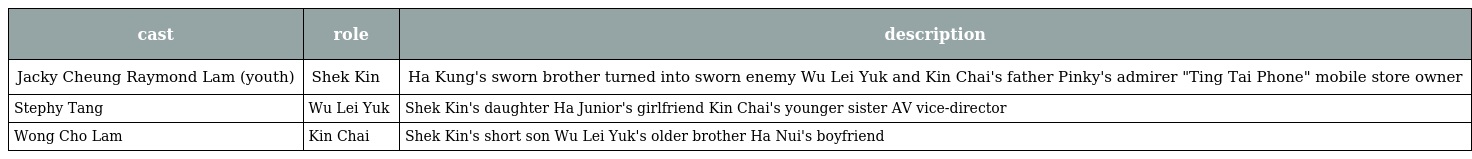
| cast | role | description |
 | --- | --- | --- |
 | Jacky Cheung Raymond Lam (youth) | Shek Kin 石堅 | Ha Kung's sworn brother turned into sworn enemy Wu Lei Yuk and Kin Chai's father Pinky's admirer "Ting Tai Phone" mobile store owner |
 | Stephy Tang | Wu Lei Yuk 胡里玉 | Shek Kin's daughter Ha Junior's girlfriend Kin Chai's younger sister AV vice-director |
 | Wong Cho Lam | Kin Chai 堅仔 | Shek Kin's short son Wu Lei Yuk's older brother Ha Nui's boyfriend |